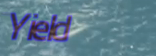
Yield